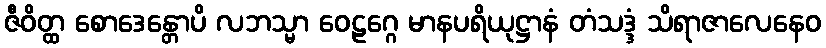
ဇီဝိတ္ထ စောဒေန္တောပိ လဘသ္မာ ဝေဠဂ္ဂေ မာနပရိယုဋ္ဌာနံ တံသဒ္ဒံ သိရာဇာလေနေဝ